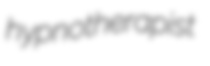
hypnotherapist